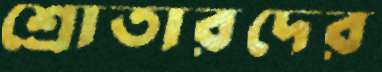
শ্রোতারদের